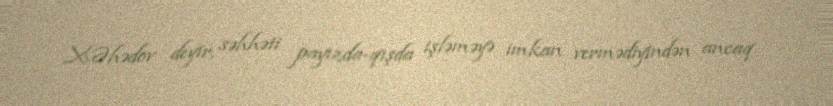
X.Əhədov deyir, səhhəti payızda-qışda işləməyə imkan vermədiyindən ancaq